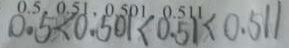
0 . 5 < 0 . 5 0 1 < 0 . 5 1 < 0 . 5 1 1